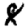
Digit: 8